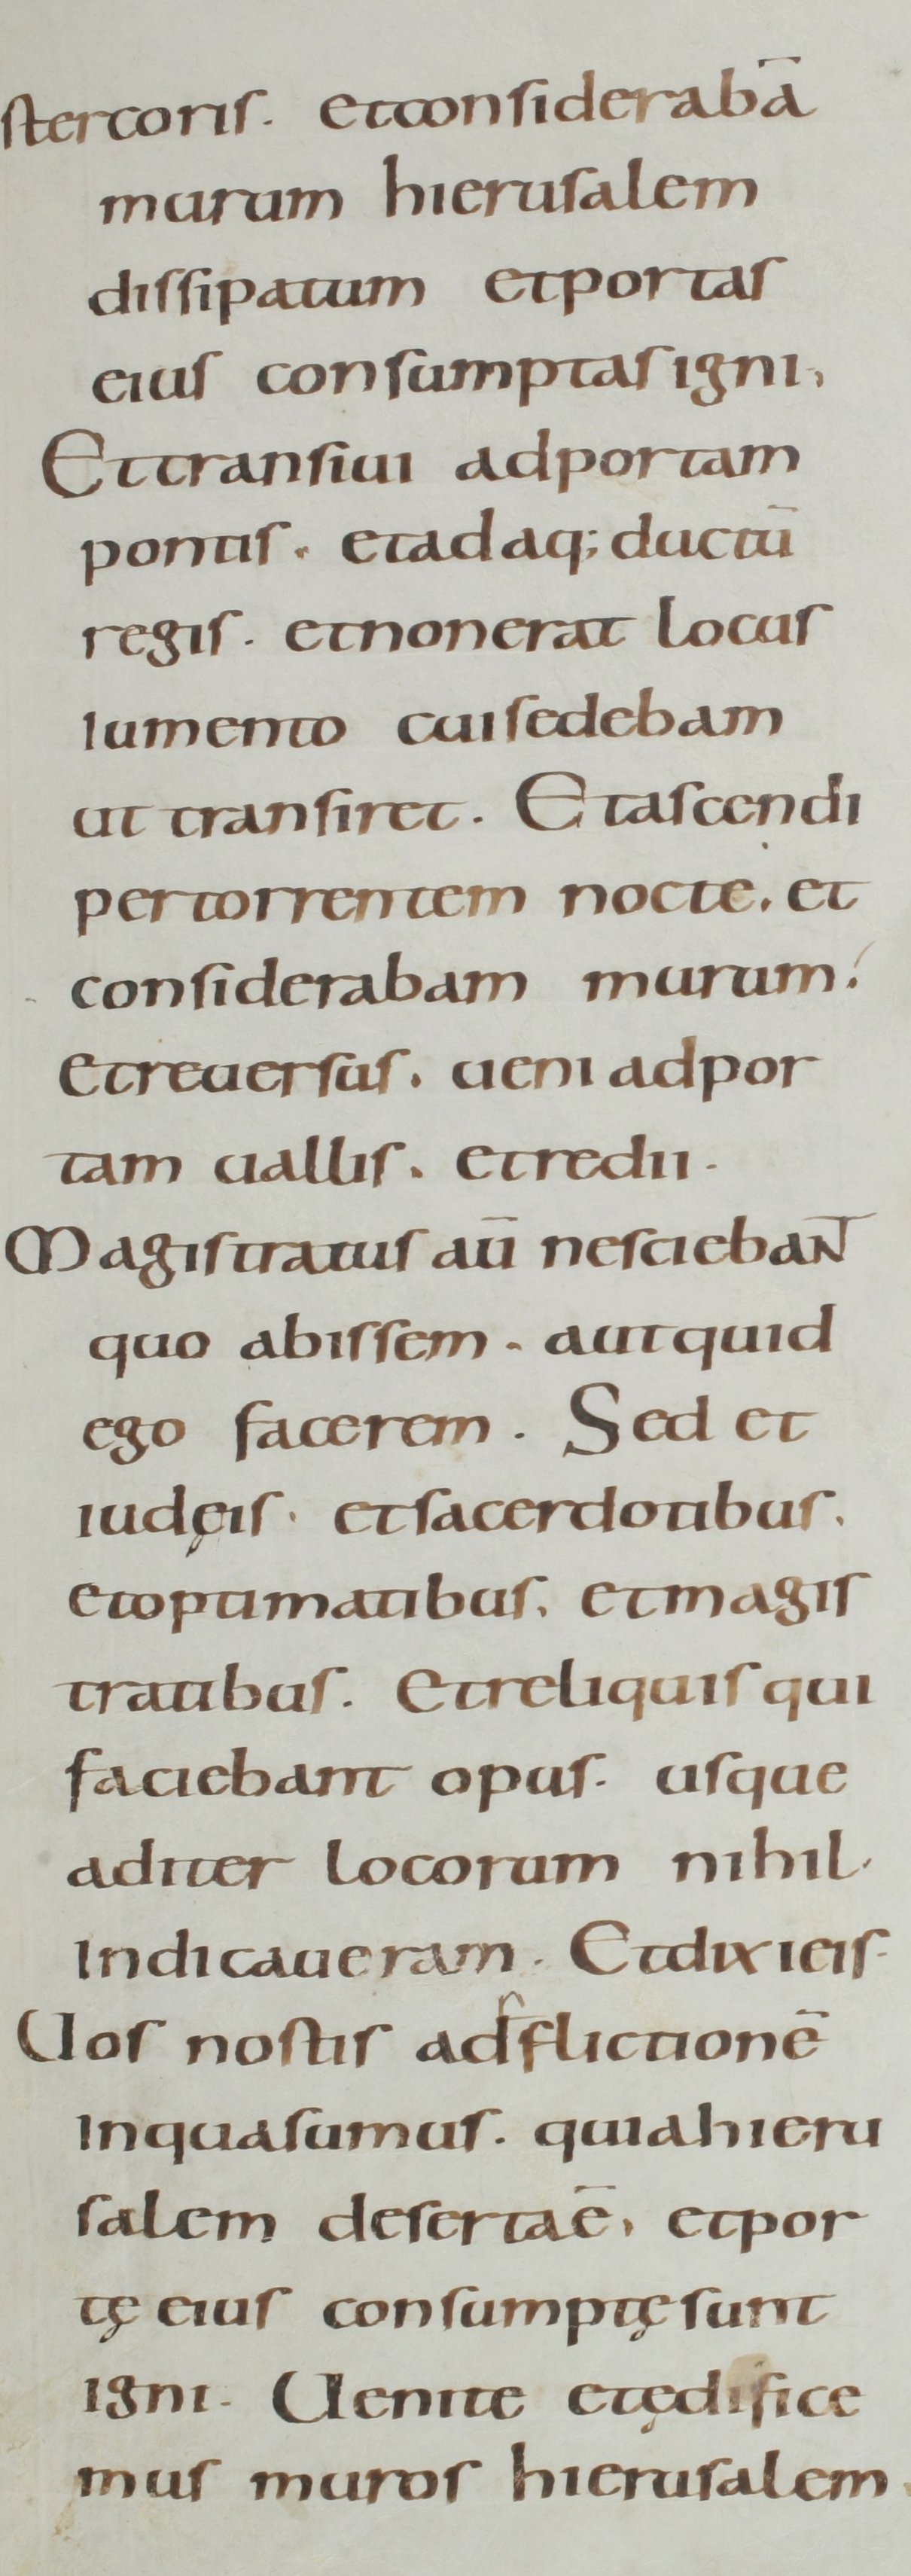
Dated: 800–899